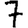
Digit: 7